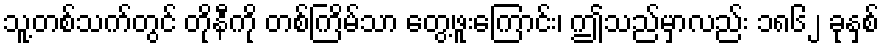
သူ့တစ်သက်တွင် တိုနီကို တစ်ကြိမ်သာ တွေ့ဖူးကြောင်း၊ ဤသည်မှာလည်း ၁၈၆၂ ခုနှစ်